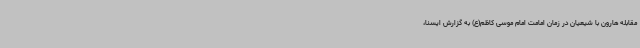
مقابله هارون با شیعیان در زمان امامت امام موسی کاظم(ع) به گزارش ایسنا،